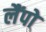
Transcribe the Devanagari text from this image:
लैंपो